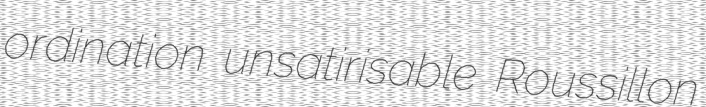
ordination unsatirisable Roussillon